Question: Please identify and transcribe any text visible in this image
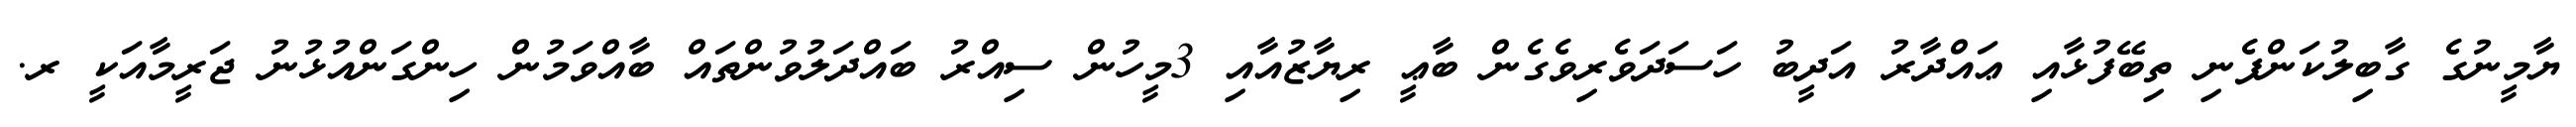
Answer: ޔާމީނުގެ ގާބިލުކަންފެނި ތިބޭފުޅާއި ޢައްދާރު އަދީބު ހަސަދަވެރިވެގެން ބާޢީ ރިޔާޒުއާއި 3މީހުން ސިއްރު ބައްދަލުވުންތައް ބާއްވަމުން ހިންގަންއުޅުނު ޖަރީމާއަކީ ރ.